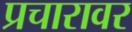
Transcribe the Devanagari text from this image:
प्रचारावर